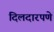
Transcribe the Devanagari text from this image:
दिलदारपणे